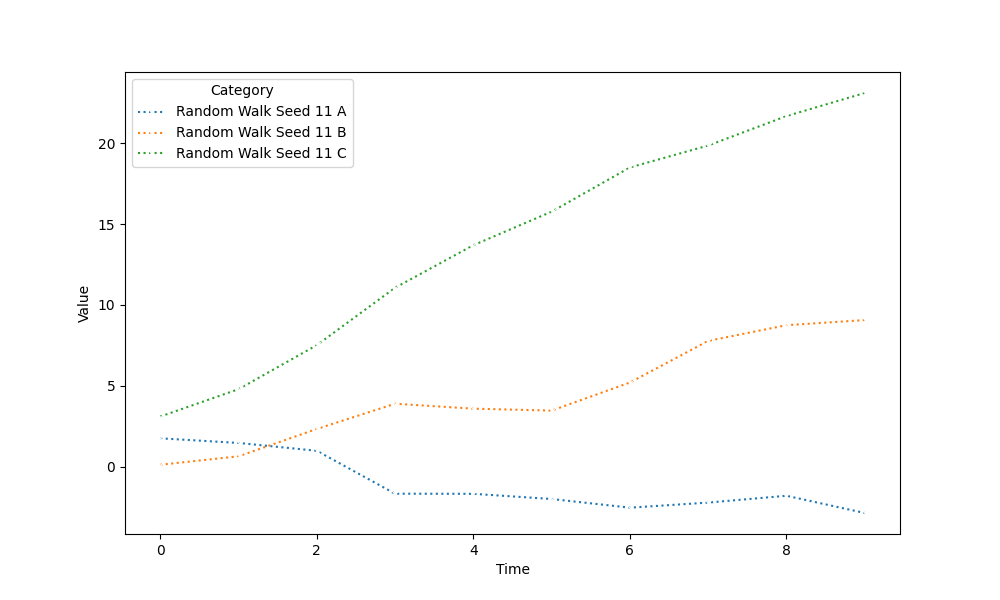
python, seaborn, lineplot, style='dotted', marker='x'